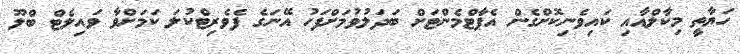
ހަޔާތީ މިކާލްއާއި ކައިވެނިކޮށްގެން އެޕާޓްމެންޓަށް ބަދަލުވުމަށްފަހު އޭނަގެ ފެވެރިޓްކުލަ ކަމަށްވާ ވައިލެޓް ބްލޫ